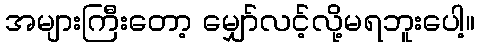
အများကြီးတော့ မျှော်လင့်လို့မရဘူးပေါ့။